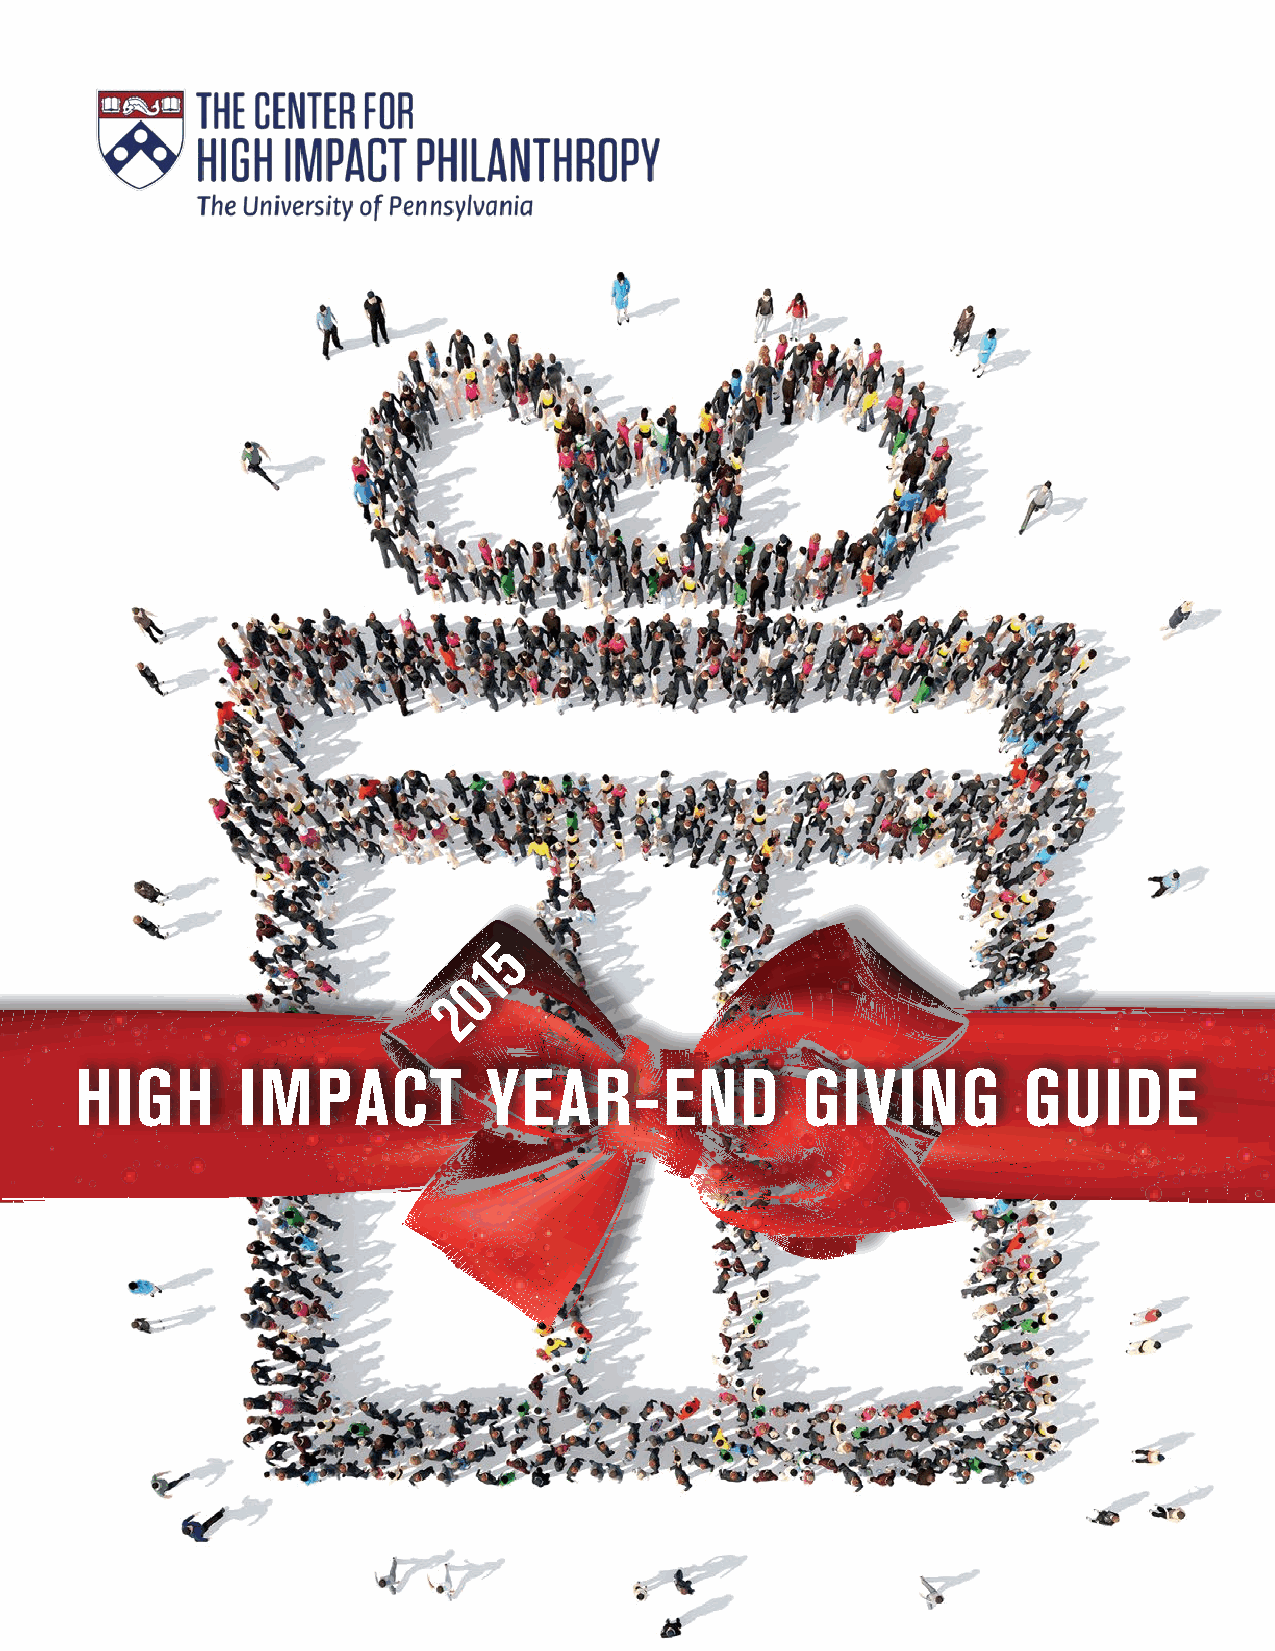
5
 1
 0
 2
 HIGH       IMPACT          YEAR-END             GIVING         GUIDE